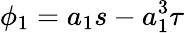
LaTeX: \phi_{1}=a_{1}s-a_{1}^{3}\tau